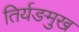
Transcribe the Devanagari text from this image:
तिर्यङमुख